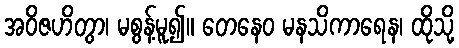
အဝိဇဟိတွာ၊ မစွန့်မူ၍။ တေနေဝ မနသိကာရေန၊ ထိုသို့